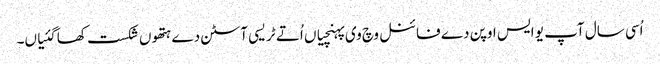
اُسی سال آپ یو ایس اوپن دے فائنل وچ وی پہنچیاں اُتے ٹریسی آسٹن دے ہتھو‏ں شکست کھا گئیاں۔